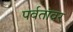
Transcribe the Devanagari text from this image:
पर्वतांवर